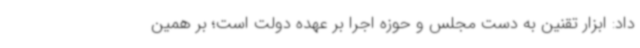
داد: ابزار تقنین به دست مجلس و حوزه اجرا بر عهده دولت است؛ بر همین